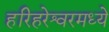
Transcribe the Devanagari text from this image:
हरिहरेश्वरमध्ये